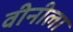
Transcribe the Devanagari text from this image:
वीनीला